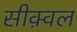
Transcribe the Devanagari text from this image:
सीक़्वल